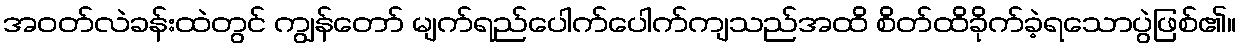
အဝတ်လဲခန်းထဲတွင် ကျွန်တော် မျက်ရည်ပေါက်ပေါက်ကျသည်အထိ စိတ်ထိခိုက်ခဲ့ရသောပွဲဖြစ်၏။